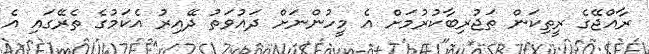
ރާއްޖޭގެ ރީތިކަން ތަޖުރިބާކުރުމަށް އެ މީހުންނަށް ދައުވަތު ދޭއިރު އެކަމުގެ ތެރޭގައި އެ